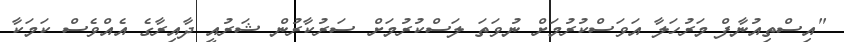
"އިސްތިއުނާފް މަރުހަލާ އަވަސްކުރުމަށް ނުވަތަ ލަސްކުރުމަށް ސަރުކާރުން ޝަރުއީ ދާއިރާގެ އެއްވެސް ކަމަކާ